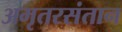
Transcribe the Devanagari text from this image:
अमृतरसंतान